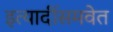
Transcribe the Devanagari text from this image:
इत्यादींसमवेत